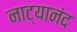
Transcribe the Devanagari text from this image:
नाट्यानंद